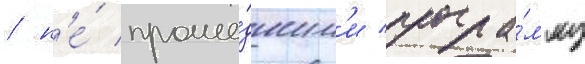
/ н'е́ проше́дшим'и програ́мму